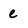
Character: e